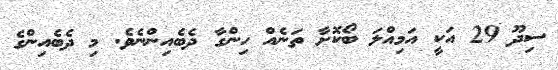
ސިދޫ 29 އަކީ އަމިއްލަަ ބޯކޮށާ ތަނެއް ހިންގާ ދެބެއިންނެވެ. މި ދެބެއިންގެ